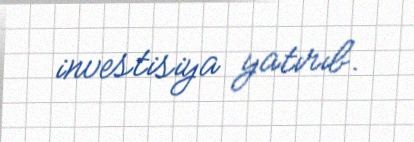
investisiya yatırıb.